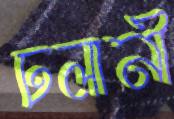
ঢলানী